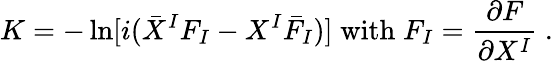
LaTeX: K=-\ln[i(\bar{X}^{I}F_{I}-X^{I}{\bar{F}}_{I})]\; \mathrm{with}\; F_{I}=\frac{\partial F}{\partial X^{I}}\ .